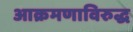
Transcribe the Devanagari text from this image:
आक्रमणाविरुद्ध